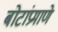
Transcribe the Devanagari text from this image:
बोटांप्रमाणे